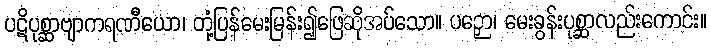
ပဋိပုစ္ဆာဗျာကရဏီယော၊ တုံ့ပြန်မေးမြန်း၍ဖြေဆိုအပ်သော။ ပဉှော၊ မေးခွန်းပုစ္ဆာလည်းကောင်း။